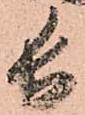
長